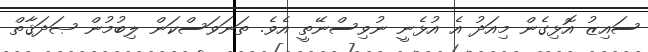
ސައިޒު އޮޅިގެން މިއަދު އެ އުޅެނީ ނުވިސްނޭތީ އެވެ. ތަނަވަސްކަން ލިބުމުން ޞަދަޤާތް